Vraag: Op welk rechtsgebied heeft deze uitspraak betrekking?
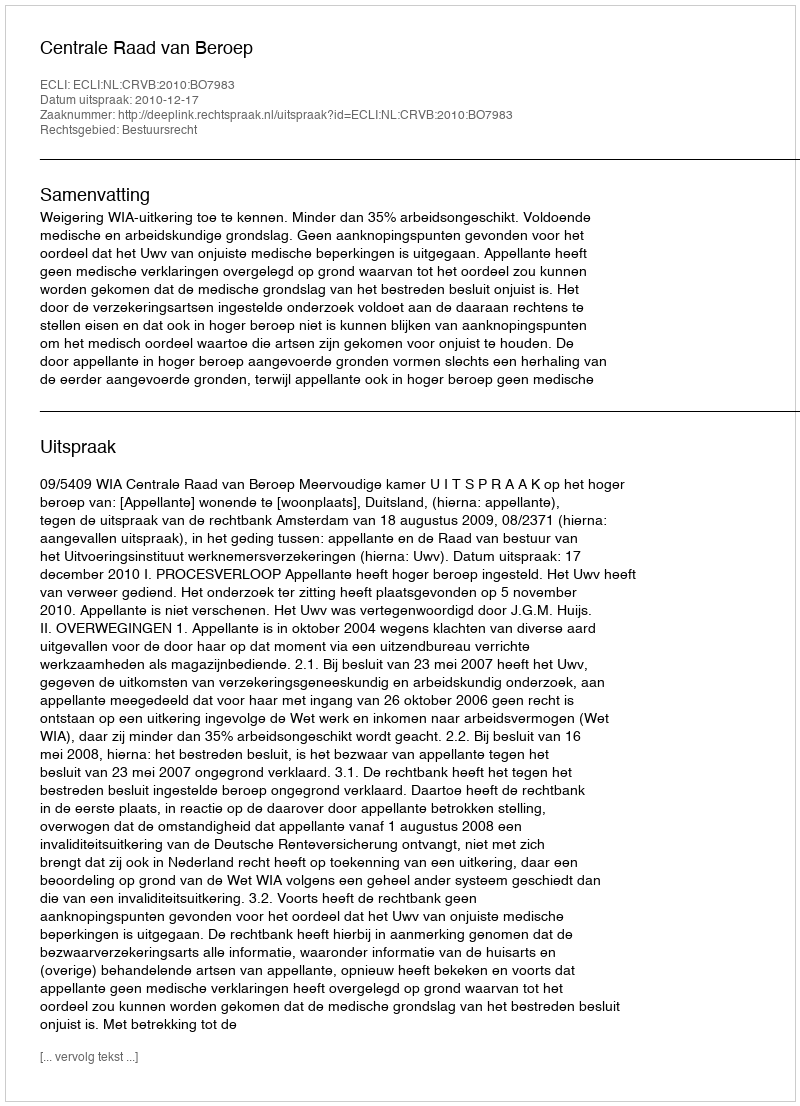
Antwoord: Bestuursrecht